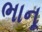
ભાનૂ